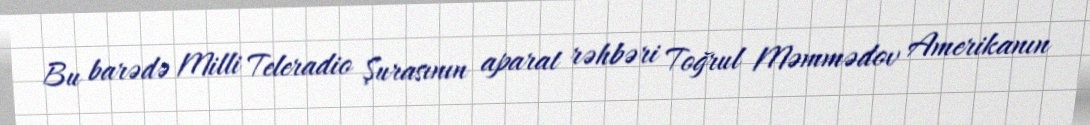
Bu barədə Milli Teleradio Şurasının aparat rəhbəri Toğrul Məmmədov Amerikanın